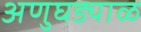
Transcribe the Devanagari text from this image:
अणुघड्याळ